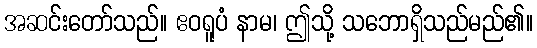
အဆင်းတော်သည်။ ဧဝရူပံ နာမ၊ ဤသို့ သဘောရှိသည်မည်၏။